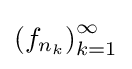
\left(f_{n_{k}}\right)_{k=1}^{\infty }